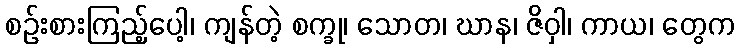
စဉ်းစားကြည့်ပေါ့၊ ကျန်တဲ့ စက္ခု၊ သောတ၊ ဃာန၊ ဇိဝှါ၊ ကာယ၊ တွေက